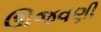
ઊજવણી